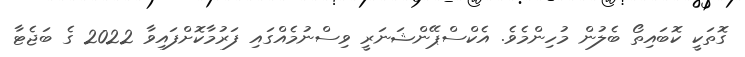
ގޮތަކީ ކޮބައިތޯ ބެލުން މުހިންމެވެ. އެކްސްޕޭންޝަނަރީ ވިސްނުމެއްގައި ފަރުމާކޮށްފައިވާ 2022 ގެ ބަޖެޓާ